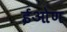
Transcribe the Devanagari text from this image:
ईओण